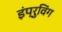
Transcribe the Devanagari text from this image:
इंप्रुविंग